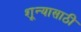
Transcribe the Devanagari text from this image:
शून्यासाठी